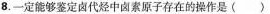
8.一定能够鉴定卤代烃中卤素原子存在的操作是()